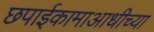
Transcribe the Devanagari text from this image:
छपाईकामाआधीच्या